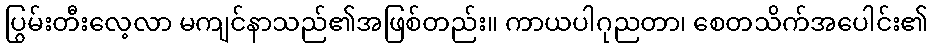
ပြွမ်းတီးလေ့လာ မကျင်နာသည်၏အဖြစ်တည်း။ ကာယပါဂုညတာ၊ စေတသိက်အပေါင်း၏